Indian journal of veterinary science and animal husbandry - Volumes 26-27, 1956-1957
Year: 1956
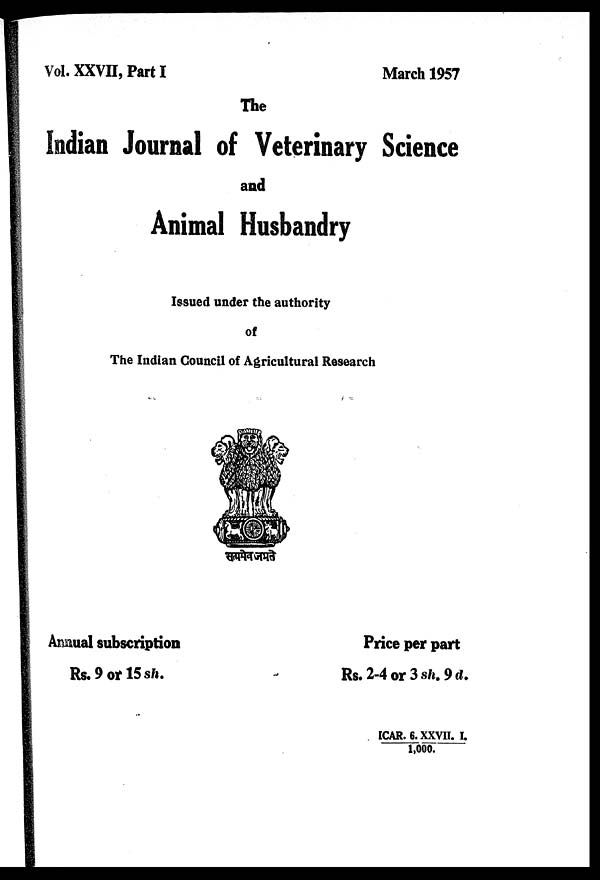
Vol. XXVII, Part I
March 1957
The
Indian Journal of Veterinary Science
and
Animal Husbandry
Issued under the authority
of
The Indian Council of Agricultural Research
Annual subscription
Rs. 9 or 15 sh.
Price per part
Rs. 2-4 or 3 sh. 9 d.
ICAR. 6. XXVII. I.
1,000.